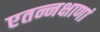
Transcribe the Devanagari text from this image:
एतन्नक्षाणां